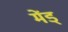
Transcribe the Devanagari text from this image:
मेंड्